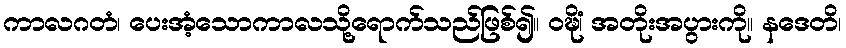
ကာလဂတံ၊ ပေးအံ့သောကာလသို့ရောက်သည်ဖြစ်၍။ ဝဍ္ဎိံ၊ အတိုးအပွားကို။ နဒေတိ၊